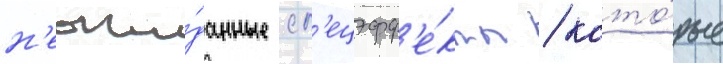
н'еожи́данные сп'ецэфф'е́кты / кото́рые